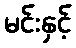
မင်းနှင့်